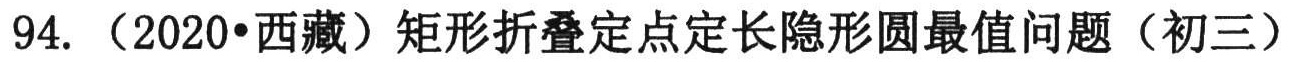
94. （2020•西藏）矩形折叠定点定长隐形圆最值问题（初三）